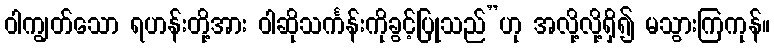
ဝါကျွတ်သော ရဟန်းတို့အား ဝါဆိုသင်္ကန်းကိုခွင့်ပြုသည်”ဟု အလို့လို့ရှိ၍ မသွားကြကုန်။